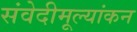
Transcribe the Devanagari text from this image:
संवेदीमूल्यांकन